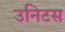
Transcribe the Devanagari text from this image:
उनिटस